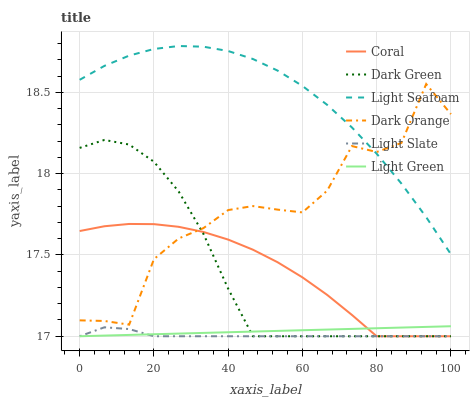
| xaxis_label | Coral | Dark Green | Light Seafoam | Dark Orange | Light Slate | Light Green |
 | --- | --- | --- | --- | --- | --- | --- |
 | 0 | 17.6 | 18.2 | 18.6 | 17.1 | 17 | 17 |
 | 6.67 | 17.7 | 18.2 | 18.7 | 17.1 | 17.1 | 17 |
 | 13.3 | 17.7 | 18.2 | 18.7 | 17.1 | 17 | 17 |
 | 20 | 17.7 | 18.1 | 18.8 | 17.5 | 17 | 17 |
 | 26.7 | 17.7 | 17.9 | 18.8 | 17.6 | 17 | 17 |
 | 33.3 | 17.6 | 17.6 | 18.8 | 17.7 | 17 | 17 |
 | 40 | 17.6 | 17.3 | 18.8 | 17.8 | 17 | 17 |
 | 46.7 | 17.5 | 17 | 18.7 | 17.8 | 17 | 17 |
 | 53.3 | 17.5 | 17 | 18.6 | 17.8 | 17 | 17 |
 | 60 | 17.4 | 17 | 18.5 | 17.8 | 17 | 17 |
 | 66.7 | 17.3 | 17 | 18.4 | 17.9 | 17 | 17 |
 | 73.3 | 17.1 | 17 | 18.3 | 18.2 | 17 | 17 |
 | 80 | 17 | 17 | 18.1 | 18.1 | 17 | 17 |
 | 86.7 | 17 | 17 | 17.9 | 18.2 | 17 | 17.1 |
 | 93.3 | 17 | 17 | 17.7 | 18.6 | 17 | 17.1 |
 | 100 | 17 | 17 | 17.5 | 18.4 | 17 | 17.1 |